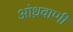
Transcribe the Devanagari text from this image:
आंध्रवाणी